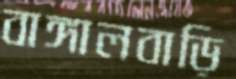
বাঙ্গালবাড়ি